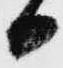
日